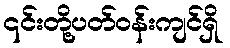
၎င်းတို့ပတ်ဝန်းကျင်ရှိ